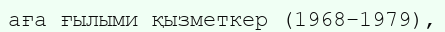
аға ғылыми қызметкер (1968–1979),